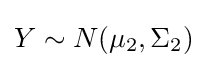
\textstyle Y\sim N(\mu _{2},\Sigma _{2})